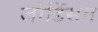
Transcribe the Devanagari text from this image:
जोर्डिसन